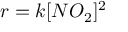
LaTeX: r = k [ N O _ { 2 } ] ^ { 2 }